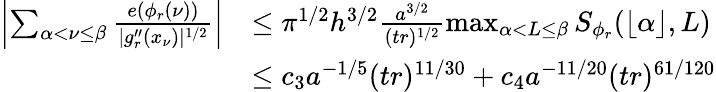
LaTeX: \begin{array}{rl}{\left|\sum_{\alpha<\nu\le\beta}\frac{e(\phi_{r}(\nu))}{|g_{r}^{\prime\prime}(x_{\nu})|^{1/2}}\right|}&{\le\pi^{1/2}h^{3/2}\frac{a^{3/2}}{(tr)^{1/2}}\operatorname*{max}_{\alpha<L\le\beta}S_{\phi_{r}}(\lfloor\alpha\rfloor,L)}\\ &{\le c_{3}a^{-1/5}(tr)^{11/30}+c_{4}a^{-11/20}(tr)^{61/120}}\end{array}